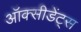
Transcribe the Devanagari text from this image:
ऑक्सीडेंट्स